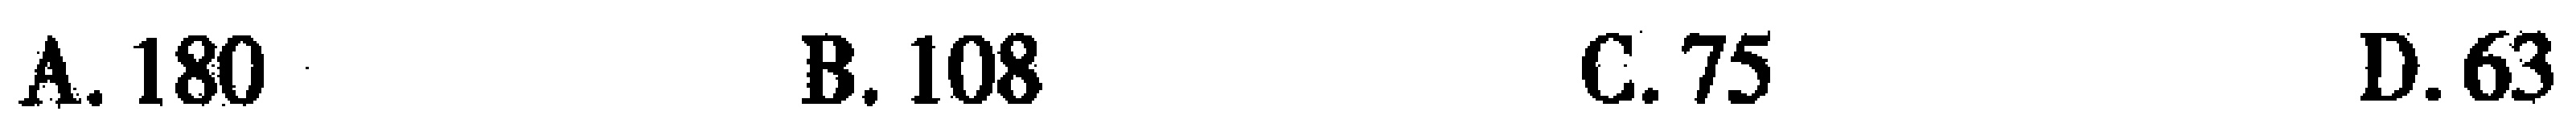
A. 180 \quad B. 108 \quad C. 75 \quad D. 63